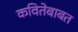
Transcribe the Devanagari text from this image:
कवितेबाबत